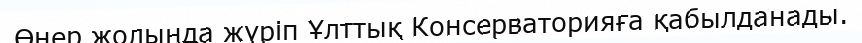
Өнер жолында жүріп Ұлттық Консерваторияға қабылданады.